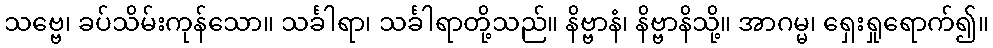
သဗ္ဗေ၊ ခပ်သိမ်းကုန်သော။ သင်္ခါရာ၊ သင်္ခါရာတို့သည်။ နိဗ္ဗာနံ၊ နိဗ္ဗာနိသို့။ အာဂမ္မ၊ ရှေးရှုရောက်၍။